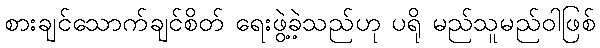
စားချင်သောက်ချင်စိတ် ရေးဖွဲ့ခဲ့သည်ဟု ပရို မည်သူမည်ဝါဖြစ်